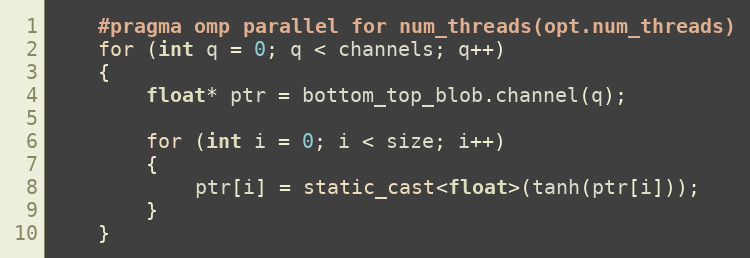
Language: C++
    #pragma omp parallel for num_threads(opt.num_threads)
    for (int q = 0; q < channels; q++)
    {
        float* ptr = bottom_top_blob.channel(q);

        for (int i = 0; i < size; i++)
        {
            ptr[i] = static_cast<float>(tanh(ptr[i]));
        }
    }